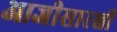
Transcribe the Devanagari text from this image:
आजीसारखी